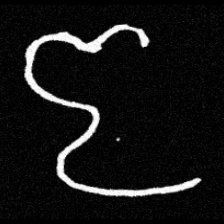
Pyu character \u2014 Myanmar letter: ဇ (romanized: ja)